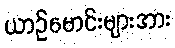
ယာဉ်မောင်းများအား